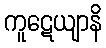
ကူဋေယျာနိ